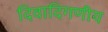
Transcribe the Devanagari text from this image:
दिवादिगणीय